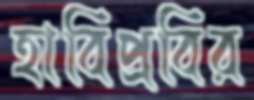
হাবিপ্রবির